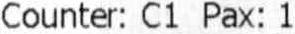
COUNTER: C1 PAX: 1